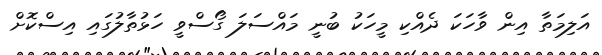
އަލިމަތާ އިން ވާހަކަ ދެއްކި މީހަކު ބުނީ މައްސަލަ ގޯސްވީ ހަޅުތާލުގައި އިސްކޮށް